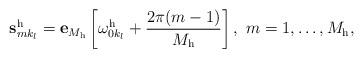
LaTeX: \begin{align*}\mathbf{s}^{\mathrm{h}}_{mk_l} = \mathbf{e}_{M_\mathrm{h}} \left[\omega_{0k_l}^\mathrm{h} + \frac{2\pi(m-1)}{M_\mathrm{h}} \right], \,\, m=1,\ldots,M_\mathrm{h},\end{align*}